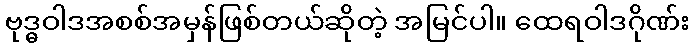
ဗုဒ္ဓဝါဒအစစ်အမှန်ဖြစ်တယ်ဆိုတဲ့ အမြင်ပါ။ ထေရဝါဒဂိုဏ်း